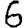
Digit: 6